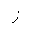
Letter: _ra